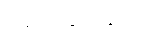
ပြည်တွင်းရော